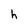
Character: h